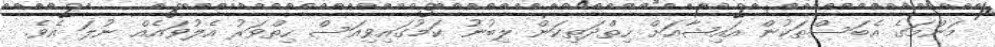
މަންމަގެ އެބަސްތަކުން އައިޝާއަށް ހިތްދަތިކަން ލިބުނު ކަމުގައިވިއަސް ހިތްވަރު އެލުވައެއް ނުލަ އެވެ.